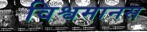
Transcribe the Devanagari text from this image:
विश्वमानस